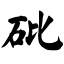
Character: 砒